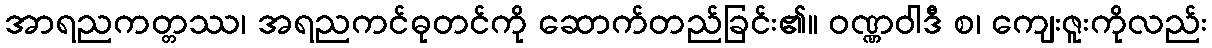
အာရညကတ္တဿ၊ အရညကင်ဓုတင်ကို ဆောက်တည်ခြင်း၏။ ဝဏ္ဏဝါဒီ စ၊ ကျေးဇူးကိုလည်း